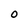
Character: O